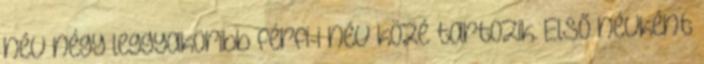
név négy leggyakoribb férfi-i név közé tartozik. Első névként